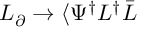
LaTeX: { \cal L } _ { \partial } \rightarrow \langle \Psi ^ { \dagger } L ^ { \dagger } \bar { L }